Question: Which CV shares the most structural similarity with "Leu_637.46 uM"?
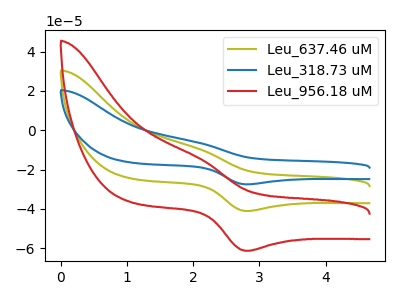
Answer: <think>The olive curve "Leu_637.46 uM" has an anodic peak at (2.05V, -9.30uA) and a cathodic peak at (2.80V, -41.05uA). The blue curve "Leu_318.73 uM" has an anodic peak at (2.05V, -6.20uA) and a cathodic peak at (2.80V, -27.50uA). The red curve "Leu_956.18 uM" has an anodic peak at (2.05V, -18.55uA) and a cathodic peak at (2.80V, -82.05uA).
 All the peaks in "Leu_637.46 uM" have a peak in "Leu_318.73 uM" at the same potential. All the peaks in "Leu_637.46 uM" have a peak in "Leu_956.18 uM" at the same potential. All the peaks in "Leu_318.73 uM" have a peak in "Leu_956.18 uM" at the same potential.</think>
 <answer>"Leu_637.46 uM" and "Leu_956.18 uM" have a similar shape to "Leu_318.73 uM".</answer>
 <eval>"Leu_637.46 uM" "Leu_956.18 uM"</eval>